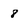
Character: 8